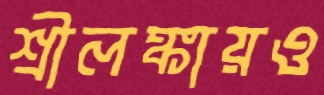
শ্রীলঙ্কায়ও